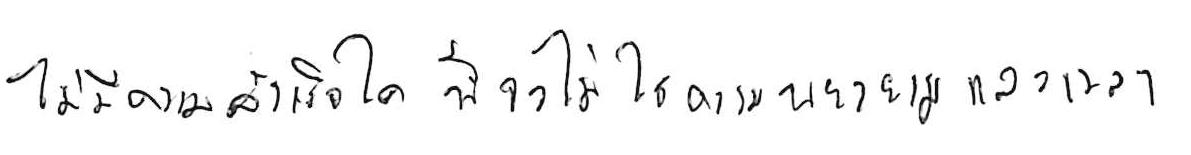
ไม่มีความสำเร็จใด ที่จะไม่ใช้ความพยายามและเวลา